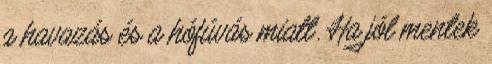
a havazás és a hófúvás miatt. Ha jól mentek